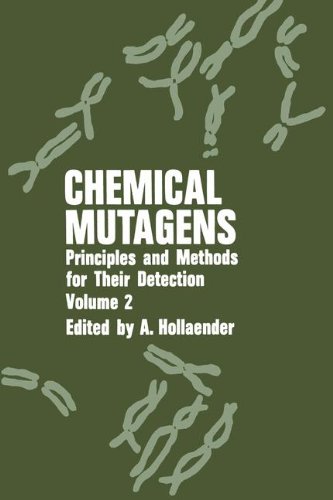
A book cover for Chemical Mutagens: Principles and Methods for Their Detection: Volume 2; Medical Books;